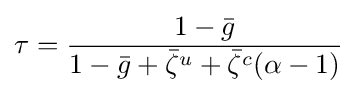
\tau ={\frac {1-{\bar {g}}}{1-{\bar {g}}+{\bar {\zeta }}^{u}+{\bar {\zeta }}^{c}(\alpha -1)}}